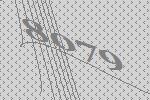
8079